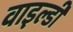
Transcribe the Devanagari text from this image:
वाइल्डी